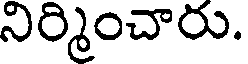
నిర్మించారు.